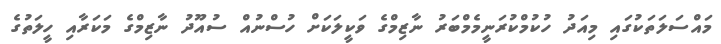
މައްސަލަތަކުގައި މިއަދު ހުކުމްކުރަނީމެމްބަރު ނާޒިމްގެ ވަކީލަކަށް ހުސްނުއް ސުއޫދު ނާޒިމްގެ މަކަރާއި ހީލަތުގެ